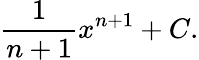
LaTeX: {\frac{1}{n+1}}x^{n+1}+C.